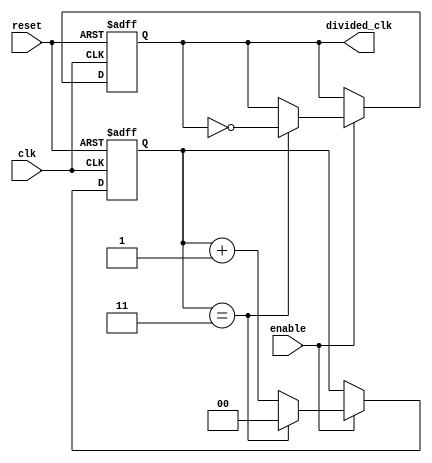
module FrequencyDividerCounter #(
    parameter DIV_FACTOR = 4  // Default division factor
)(
    input wire clk,            // Clock input
    input wire reset,          // Reset signal
    input wire enable,         // Enable signal
    output reg divided_clk      // Divided clock output
);

    // Internal counter
    reg [$clog2(DIV_FACTOR)-1:0] counter; // Counter width based on DIV_FACTOR

    // Synchronous reset and counting logic
    always @(posedge clk or posedge reset) begin
        if (reset) begin
            counter <= 0;         // Reset counter to 0
            divided_clk <= 0;     // Reset divided clock output
        end else if (enable) begin
            if (counter == DIV_FACTOR - 1) begin
                counter <= 0;      // Reset counter
                divided_clk <= ~divided_clk; // Toggle divided clock output
            end else begin
                counter <= counter + 1; // Increment counter
            end
        end
    end

endmodule